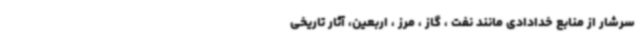
سرشار از منابع خدادادی مانند نفت ، گاز ، مرز ، اربعین، آثار تاریخی